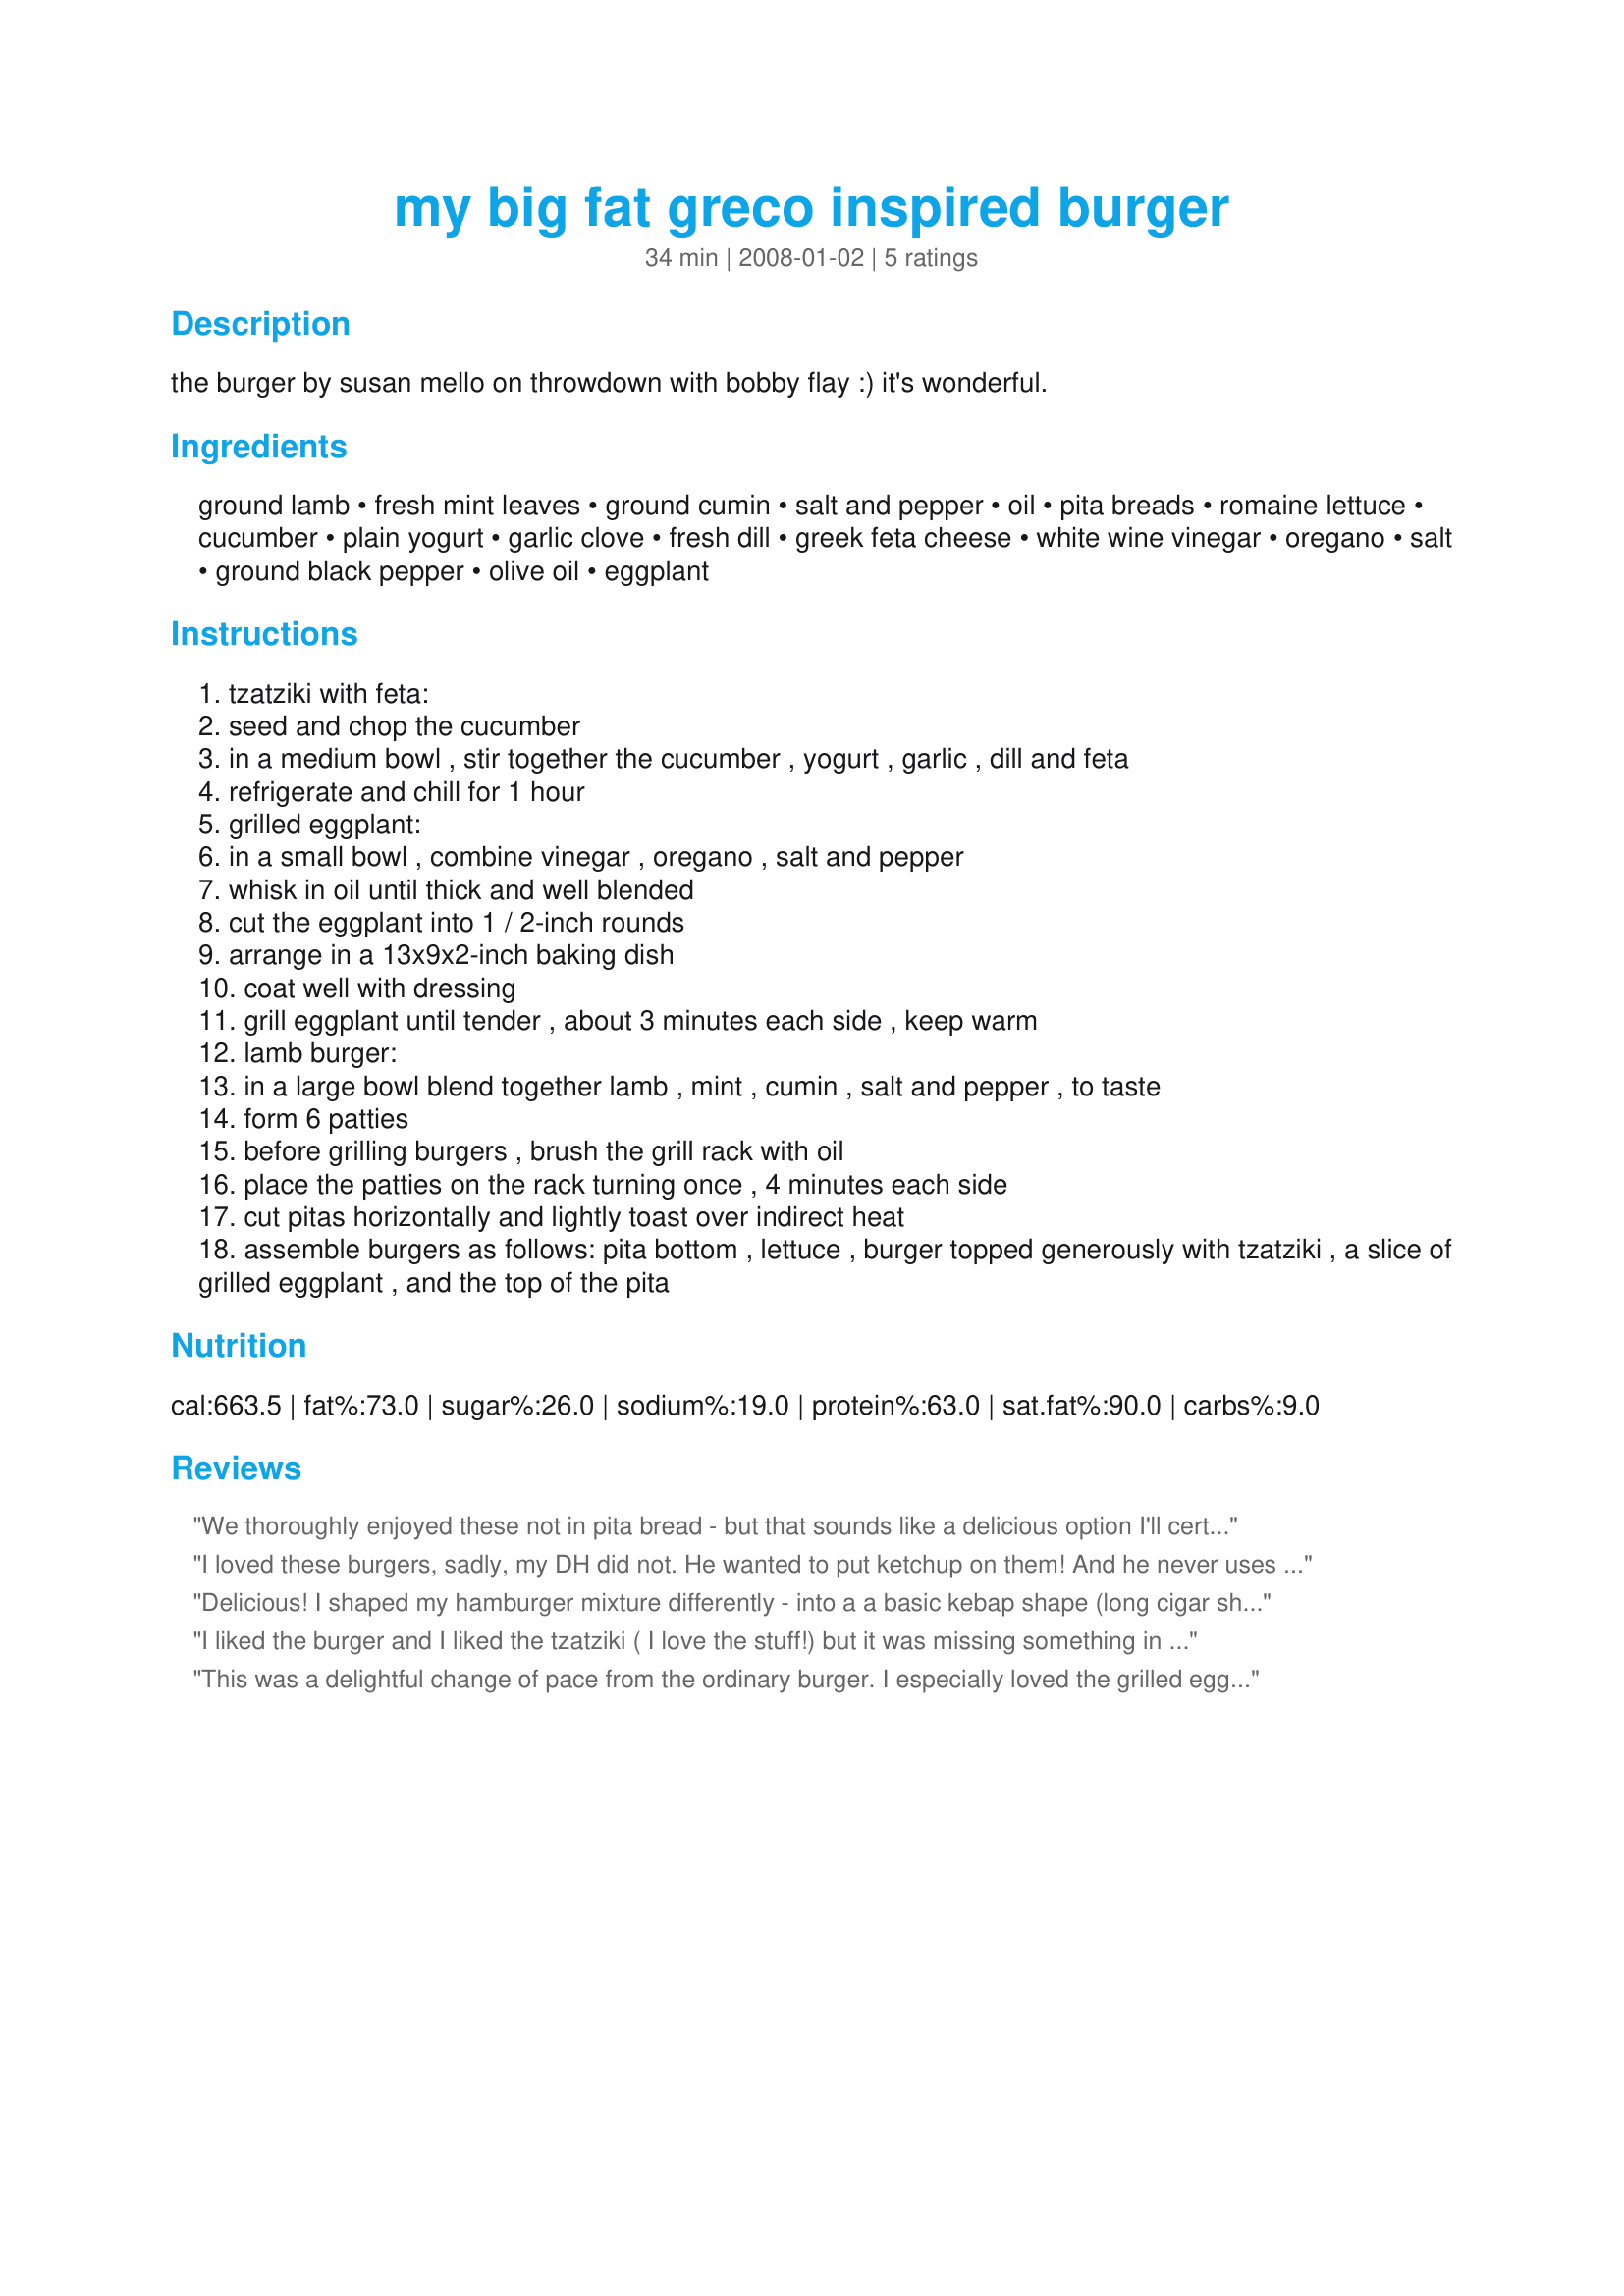
my big fat greco inspired burger
Preparation time: 34 minutes

the burger by susan mello on throwdown with bobby flay :) it's wonderful.

Ingredients:
ground lamb, fresh mint leaves, ground cumin, salt and pepper, oil, pita breads, romaine lettuce, cucumber, plain yogurt, garlic clove, fresh dill, greek feta cheese, white wine vinegar, oregano, salt, ground black pepper, olive oil, eggplant

Steps:
tzatziki with feta:
seed and chop the cucumber
in a medium bowl , stir together the cucumber , yogurt , garlic , dill and feta
refrigerate and chill for 1 hour
grilled eggplant:
in a small bowl , combine vinegar , oregano , salt and pepper
whisk in oil until thick and well blended
cut the eggplant into 1 / 2-inch rounds
arrange in a 13x9x2-inch baking dish
coat well with dressing
grill eggplant until tender , about 3 minutes each side , keep warm
lamb burger:
in a large bowl blend together lamb , mint , cumin , salt and pepper , to taste
form 6 patties
before grilling burgers , brush the grill rack with oil
place the patties on the rack turning once , 4 minutes each side
cut pitas horizontally and lightly toast over indirect heat
assemble burgers as follows: pita bottom , lettuce , burger topped generously with tzatziki , a slice of grilled eggplant , and the top of the pita

Reviews:
We thoroughly enjoyed these not in pita bread - but that sounds like a delicious option I'll certainly go with another time - but with two of I'mPat's yummy recipes: her Roasted Potatoes With Sage and Lemon 255923 and her Simple Cabbage and Mushroom Side 207084. My dinner guests loved all three elements us in this recipe: the burgers, the tzakiki and the eggplant. And four of us knocked these off without difficulty: enough said! I particularly loved the cumin in the burgers and the selection of herbs in the tzatziki and grilled eggplant. Thank you for another wonderful recipe, MarraMamba, that I look forward to making again! Made for 1-2-3 Hit Wonders.
I loved these burgers, sadly, my DH did not. He wanted to put ketchup on them! And he never uses ketchup (of course I didn't let him). He's also never been a big fan of feta cheese, either, so I thought this was the recipe to turn him around. Enough about his experience. This had incredible flavors from the dill, mint, feta, cumin, eggplant, and cucumber. I used iceberg lettuce, a ploy to get DH on board! And I made my own pita bread. It might make more sense to arrange the ingredients in the order they're used -- just an idea! Thanks, MarraMamba! Made for Newest Zaar Tag '08.
Delicious! I shaped my hamburger mixture differently - into a a basic kebap shape (long cigar shape) and made souvlaki as per the usual manner. Laid the pita out flat, put in a couple of pieces of the grilled eggplant, a lamb kebap (or burger ;-) ) and dolloped with the feta/tzatziki mixture before folding closed. I think this makes for 'cleaner' eating, not allowing stuff to drip out, if you fold and wrap the pita properly as per souvlaki. We all really enjoyed the addition of feta to the tzatziki and thought this was a tasty lunch. Thanks.
I liked the burger and I liked the tzatziki ( I love the stuff!) but it was missing something in the translation. I didn't rate in order to be fair, since we didn't use eggplant (DH is allergic) so maybe that's it. I suspect these are just not our thing. Made for the Daffy Daffodils for ZWT4. Thanks for sharing.
This was a delightful change of pace from the ordinary burger. I especially loved the grilled eggplant and the tzatziki with feta topping. Yum! ~Made for ZWT6 Zee Zany Zesty Cookz~
